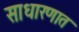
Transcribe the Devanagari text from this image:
साधारणात